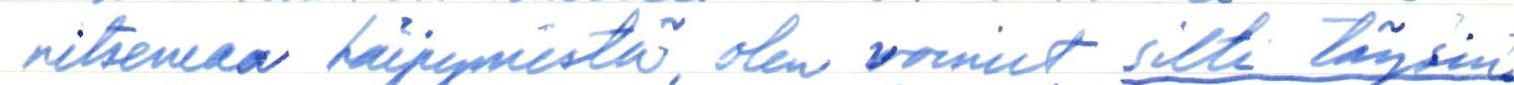
nitsemaa häipymistä, olen voinut silti täysin